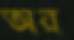
অর